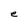
Character: e